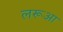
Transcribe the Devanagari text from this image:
लरूआ